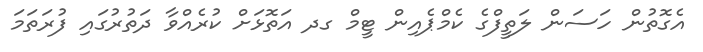
އެގޮތުން ހަސަން ލަތީފްގެ ކެމްޕެއިން ޓީމް ގދ އަތޮޅަށް ކުރެއްވާ ދަތުރުގައި ފުރަތަމަ